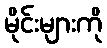
မိုင်းများကို